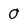
Character: O